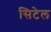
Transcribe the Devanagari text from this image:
सिटेल